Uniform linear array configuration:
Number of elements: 4
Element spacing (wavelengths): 1
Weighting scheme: uniform
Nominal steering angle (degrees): -15
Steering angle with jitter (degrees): -13.652
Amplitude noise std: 0.05
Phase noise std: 0.05

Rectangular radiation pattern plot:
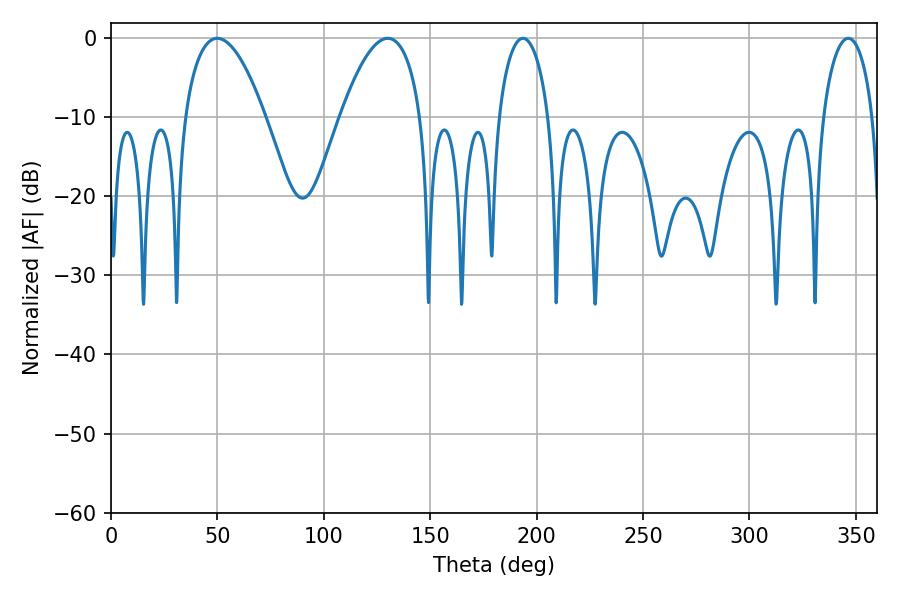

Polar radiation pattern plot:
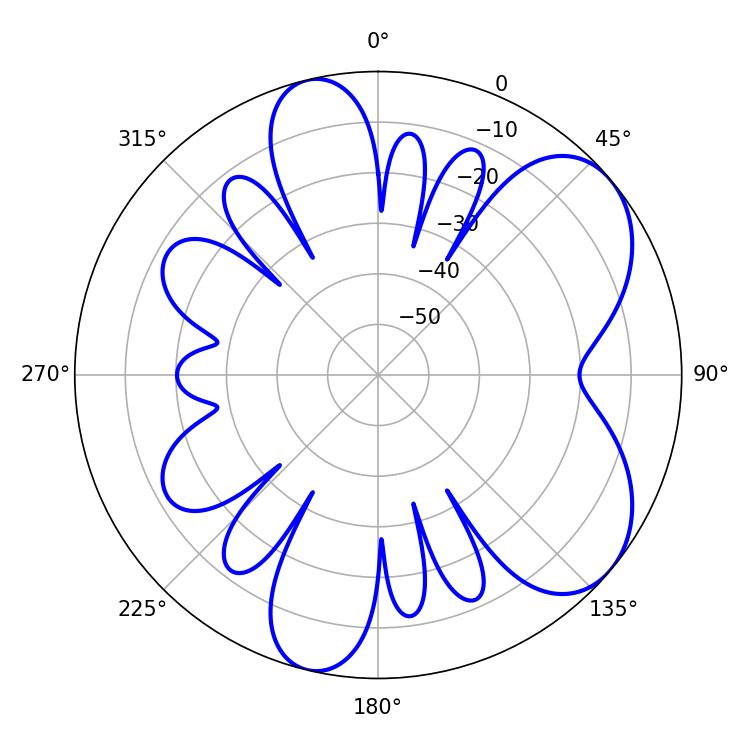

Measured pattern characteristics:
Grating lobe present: TRUE
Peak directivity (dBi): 6.371
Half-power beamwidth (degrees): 20.88
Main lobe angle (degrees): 49.86